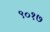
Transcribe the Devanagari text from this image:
९०१७